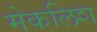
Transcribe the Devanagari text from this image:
मेकलिश